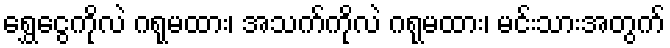
ရွှေငွေကိုလဲ ဂရုမထား၊ အသက်ကိုလဲ ဂရုမထား၊ မင်းသားအတွက်